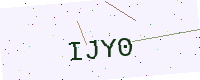
Text: IJY0